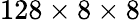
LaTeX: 128\times 8\times 8